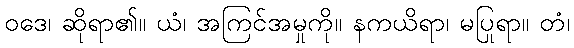
ဝဒေ၊ ဆိုရာ၏။ ယံ၊ အကြင်အမှုကို။ နကယိရာ၊ မပြုရာ။ တံ၊